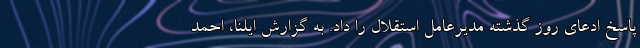
پاسخ ادعای روز گذشته مدیرعامل استقلال را داد. به گزارش ایلنا، احمد